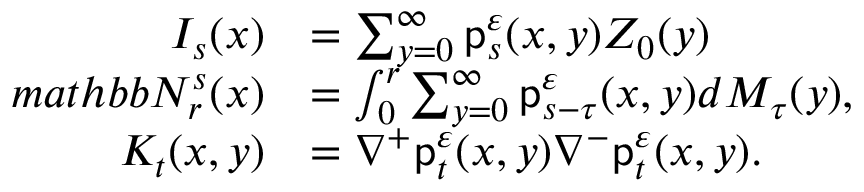
\begin{array} { r l } { I _ { s } ( x ) } & { = \sum _ { y = 0 } ^ { \infty } \mathsf { p } _ { s } ^ { \varepsilon } ( x , y ) Z _ { 0 } ( y ) } \\ { m a t h b b N _ { r } ^ { s } ( x ) } & { = \int _ { 0 } ^ { r } \sum _ { y = 0 } ^ { \infty } \mathsf { p } _ { s - \tau } ^ { \varepsilon } ( x , y ) d M _ { \tau } ( y ) , } \\ { K _ { t } ( x , y ) } & { = \nabla ^ { + } \mathsf { p } _ { t } ^ { \varepsilon } ( x , y ) \nabla ^ { - } \mathsf { p } _ { t } ^ { \varepsilon } ( x , y ) . } \end{array}